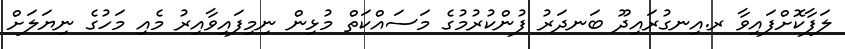
ލަފާކޮށްފައިވާ ރ.އިނގުރައިދޫ ބަނދަރު ފުންކުރުމުގެ މަސައްކަތް މުޅިން ނިމިފައިވާއިރު މެއި މަހުގެ ނިޔަލަށް